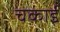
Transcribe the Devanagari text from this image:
चकाई